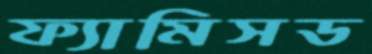
ফ্যামিসড